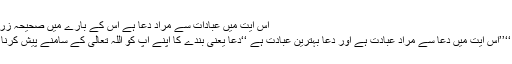
اس آیت میں عبادات سے مراد دعا ہے اس کے بارے میں صحیحہ زرارہ میں امام باقر ؑ فرماتے ہیں:
’’ھو الدعا و افضل العبادۃ الدعا ‘‘’’اس آیت میں دعا سے مراد عبادت ہے اور دعا بہترین عبادت ہے ‘‘دعا یعنی بندے کا اپنے آپ کو اللہ تعالی کے سامنے پیش کرنا ہے اور یہی روح عبادت ہے ۔